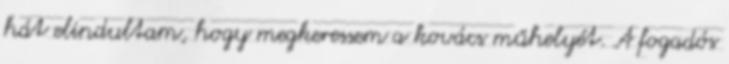
hát elindultam, hogy megkeressem a kovács műhelyét. A fogadós